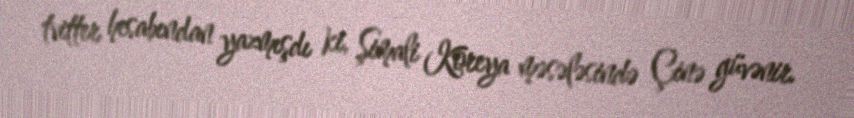
tvitter hesabından yazmışdı ki, Şimali Koreya məsələsində Çinə güvənir.